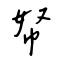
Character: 帑